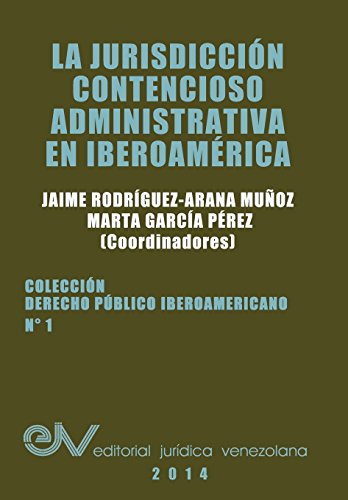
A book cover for LA JURISDICCION CONTENCIOSO ADMINISTRATIVA EN IBEROAMERICA (Spanish Edition); Law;